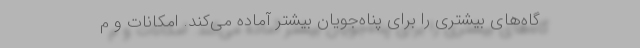
گاه‌های بیشتری را برای پناه‌جویان بیشتر آماده می‌کند. امکانات و م